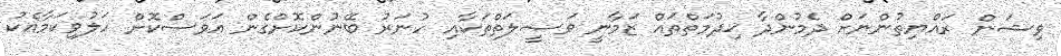
ވިޝަން ރައްޔިތުންނަށް ދެމުންދާ ޚިދުމަތްތައް ޒަމާނީ ވަޞީލަތްތަކާއި ހުނަރު ބޭނުންކޮށްގެން އަވަސްކޮށް ހަލުވިކަމާއެކު